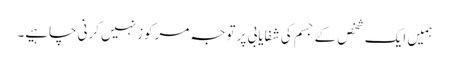
ہمیں ایک شخص کے جسم کی شفایابی پر توجہ مرکوز نہیں کرنی چاہیے۔